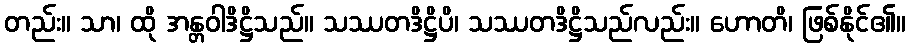
တည်း။ သာ၊ ထို အန္တဝါဒိဋ္ဌိသည်။ သဿတဒိဋ္ဌိပိ၊ သဿတဒိဋ္ဌိသည်လည်း။ ဟောတိ၊ ဖြစ်နိုင်၏။